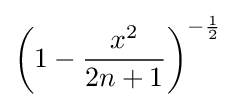
\left(1-{\frac {x^{2}}{2n+1}}\right)^{-{\frac {1}{2}}}